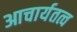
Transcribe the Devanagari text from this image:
आचार्यतत्व